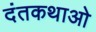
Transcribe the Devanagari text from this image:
दंतकथाओ